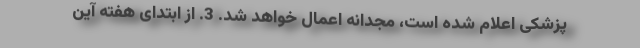
پزشکی اعلام شده است، مجدانه اعمال خواهد شد. 3. از ابتدای هفته آین